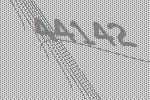
44142